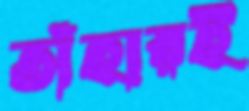
তাঁহারই